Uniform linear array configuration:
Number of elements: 12
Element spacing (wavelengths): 0.75
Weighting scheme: exponential
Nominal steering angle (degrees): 15
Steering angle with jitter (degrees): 14.897
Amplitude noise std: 0.05
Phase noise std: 0.05

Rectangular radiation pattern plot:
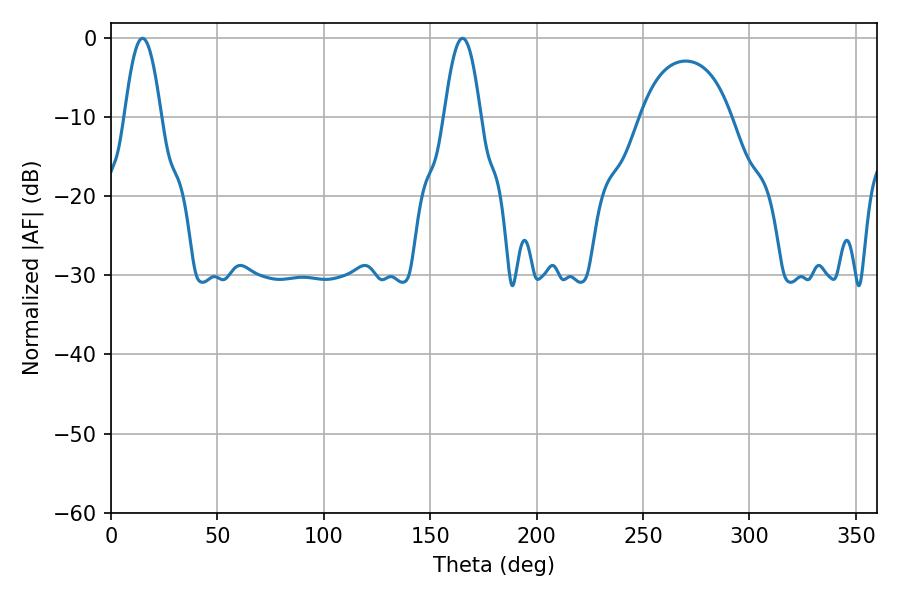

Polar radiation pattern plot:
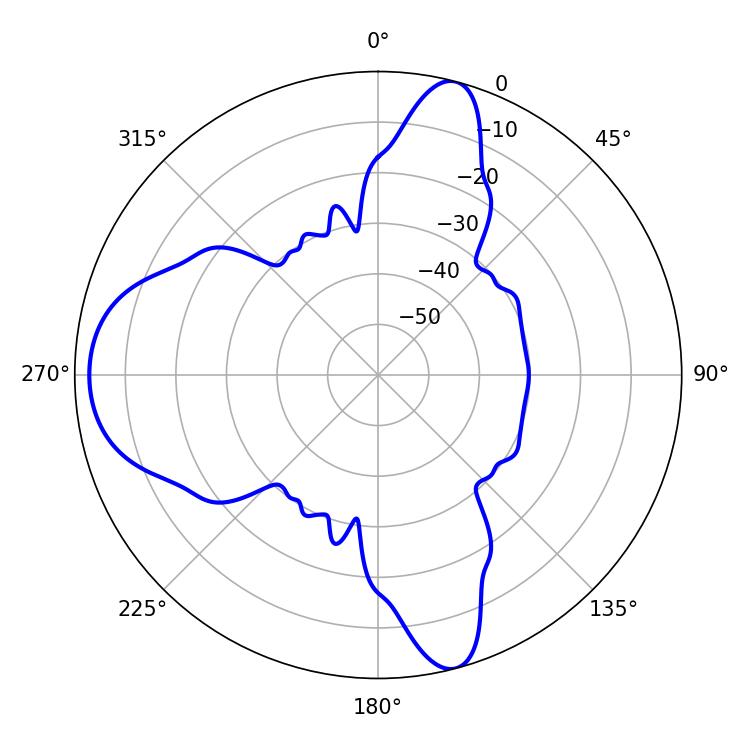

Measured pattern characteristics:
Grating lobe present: TRUE
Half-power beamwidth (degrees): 9.18
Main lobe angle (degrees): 14.76